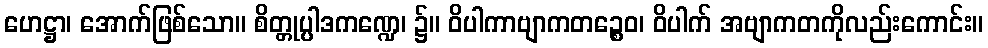
ဟေဋ္ဌာ၊ အောက်ဖြစ်သော။ စိတ္တုပ္ပါဒကဏ္ဍေ၊ ၌။ ဝိပါကာဗျာကတဉ္စေဝ၊ ဝိပါက် အဗျာကတကိုလည်းကောင်း။